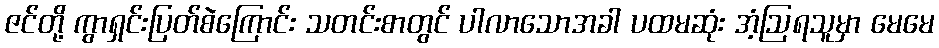
ဇင်တို့ ကွာရှင်းပြတ်စဲကြောင်း သတင်းစာတွင် ပါလာသောအခါ ပထမဆုံး အံ့ဩရသူမှာ မေမေ